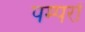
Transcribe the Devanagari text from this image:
पम्परों